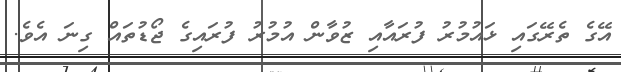
އޭގެ ތެރޭގައި ޅައުމުރު ފުރައާއި ޒުވާން އުމުރު ފުރައިގެ ޖޯޑުތައް ގިނަ އެވެ.